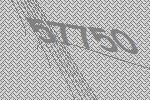
57750